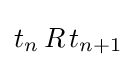
t_{n}\,R\,t_{n+1}